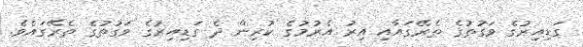
ގަޑިއިރުގެ ވަގުތުގެ ތެރޭގައާއި އިރު އެރުމުގެ ކުރިން ދެ ގަޑިއިރުގެ ވަގުތުގެ ތެރޭގައެވެ.